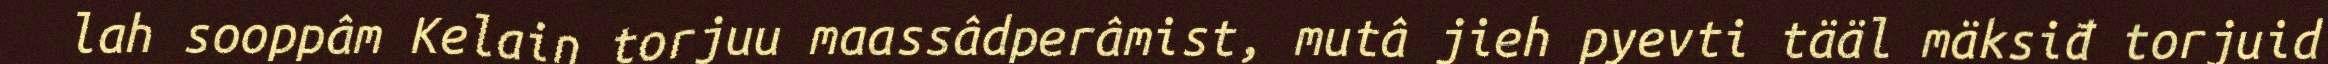
lah sooppâm Kelain torjuu maassâdperâmist, mutâ jieh pyevti tääl mäksiđ torjuid